Civil Veterinary Dept. Assam report 1927-50 - 1927-1950
Year: 1927
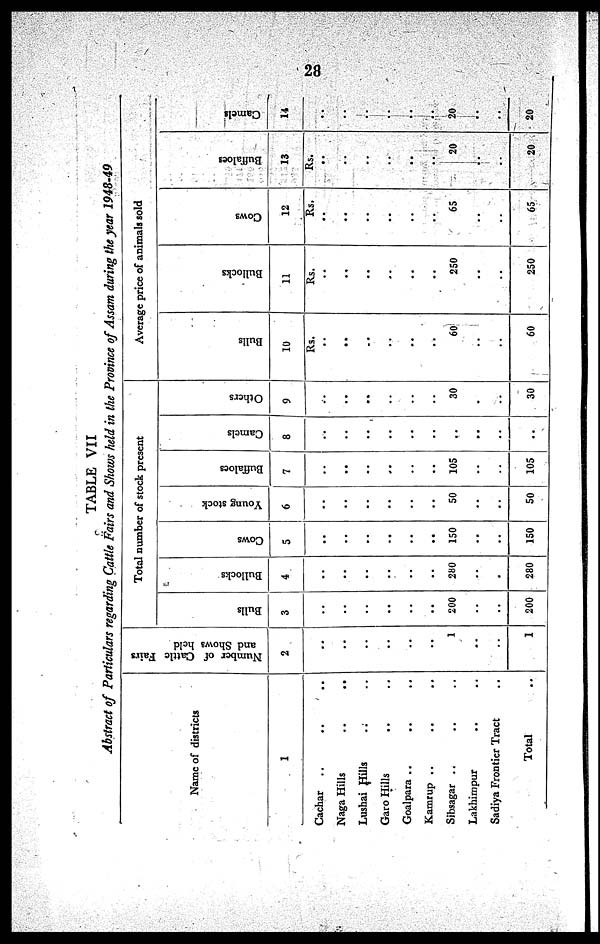
28
TABLE VII
Abstract of Particulars regarding Cattle Fairs and Shows held in the Province of Assam during the year 1948-49
Name of districts
1
Cachar .. .. ..
Naga Hills .. ..
Lushai Hills .. ..
Garo Hills .. ..
Goalpara .. .. ..
Kamrup .. .. ..
Sibsagar .. .. ..
Lakhimpur .. ..
Sadiya Frontier Tract ..
Total ..
Number of Cattle Fairs
and Shows held
2
..
..
..
..
..
..
1
..
..
1
Total number of stock present
Bulls
3
..
..
..
..
..
..
200
..
..
200
Bullocks
4
..
..
..
..
..
..
280
..
.
280
Cows
5
..
..
..
..
..
..
150
..
..
150
Young stock
6
..
..
..
..
..
..
50
..
..
50
Buffaloes
7
..
..
..
..
..
..
105
..
..
105
Camels
8
..
..
..
..
..
..
..
..
..
..
Others
9
..
..
..
..
..
..
30
..
..
30
Average price of animals sold
Bulls
10
Rs.
..
..
..
..
..
..
60
..
..
60
Bullocks
11
Rs.
..
..
..
..
..
..
250
..
..
250
Cows
12
Rs.
..
.
..
..
..
..
..
65
..
..
65
Buffaloes
13
Rs.
..
..
..
..
..
..
20
..
..
20
Camels
14
..
..
..
..
..
..
20
..
..
20